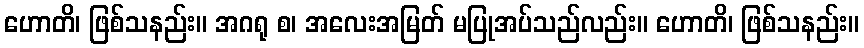
ဟောတိ၊ ဖြစ်သနည်း။ အဂရု စ၊ အလေးအမြတ် မပြုအပ်သည်လည်း။ ဟောတိ၊ ဖြစ်သနည်း။